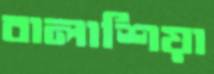
বালাশিয়া